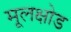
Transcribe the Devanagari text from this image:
मूलक्षोड